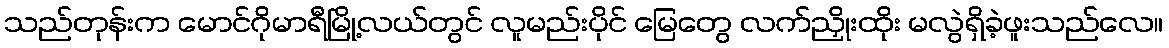
သည်တုန်းက မောင်ဂိုမာရီမြို့လယ်တွင် လူမည်းပိုင် မြေတွေ လက်ညှိုးထိုး မလွဲရှိခဲ့ဖူးသည်လေ။